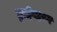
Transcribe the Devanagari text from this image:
ड्राईव्हवर